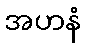
အဟနံ